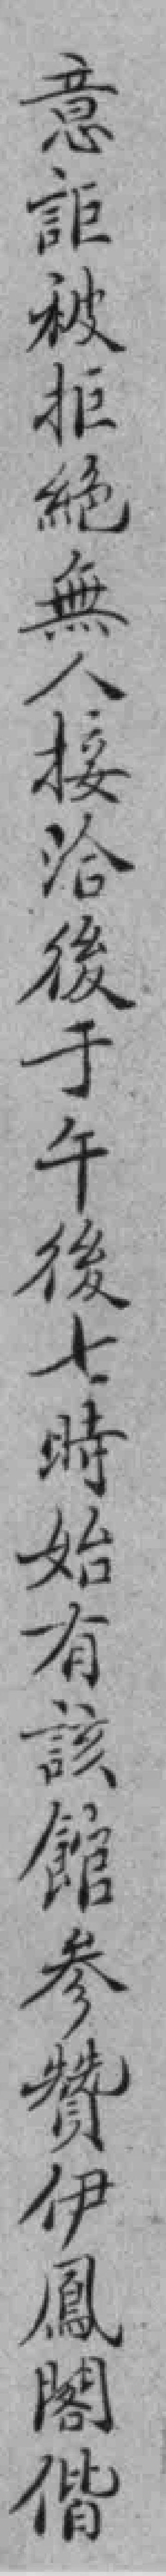
意詎被拒絕無人接洽後于午後七時始有該館参贊伊鳳閣偕